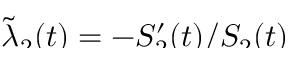
\smash { \widetilde { \lambda } _ { 2 } ( t ) = - S _ { 2 } ^ { \prime } ( t ) / S _ { 2 } ( t ) }